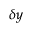
\delta y